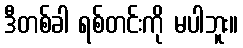
ဒီတစ်ခါ ရစ်တင်းကို မပါဘူး။